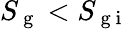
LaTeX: S_{\mathrm{~g~}}<S_{\mathrm{~g~i~}}